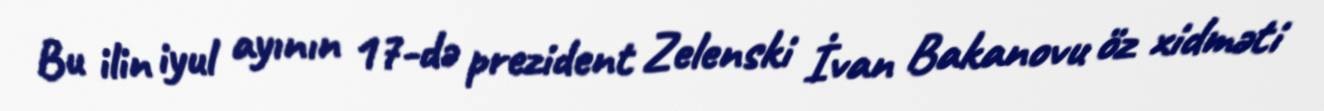
Bu ilin iyul ayının 17-də prezident Zelenski İvan Bakanovu öz xidməti